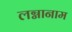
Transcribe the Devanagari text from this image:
लग्नानाम